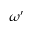
\omega ^ { \prime }